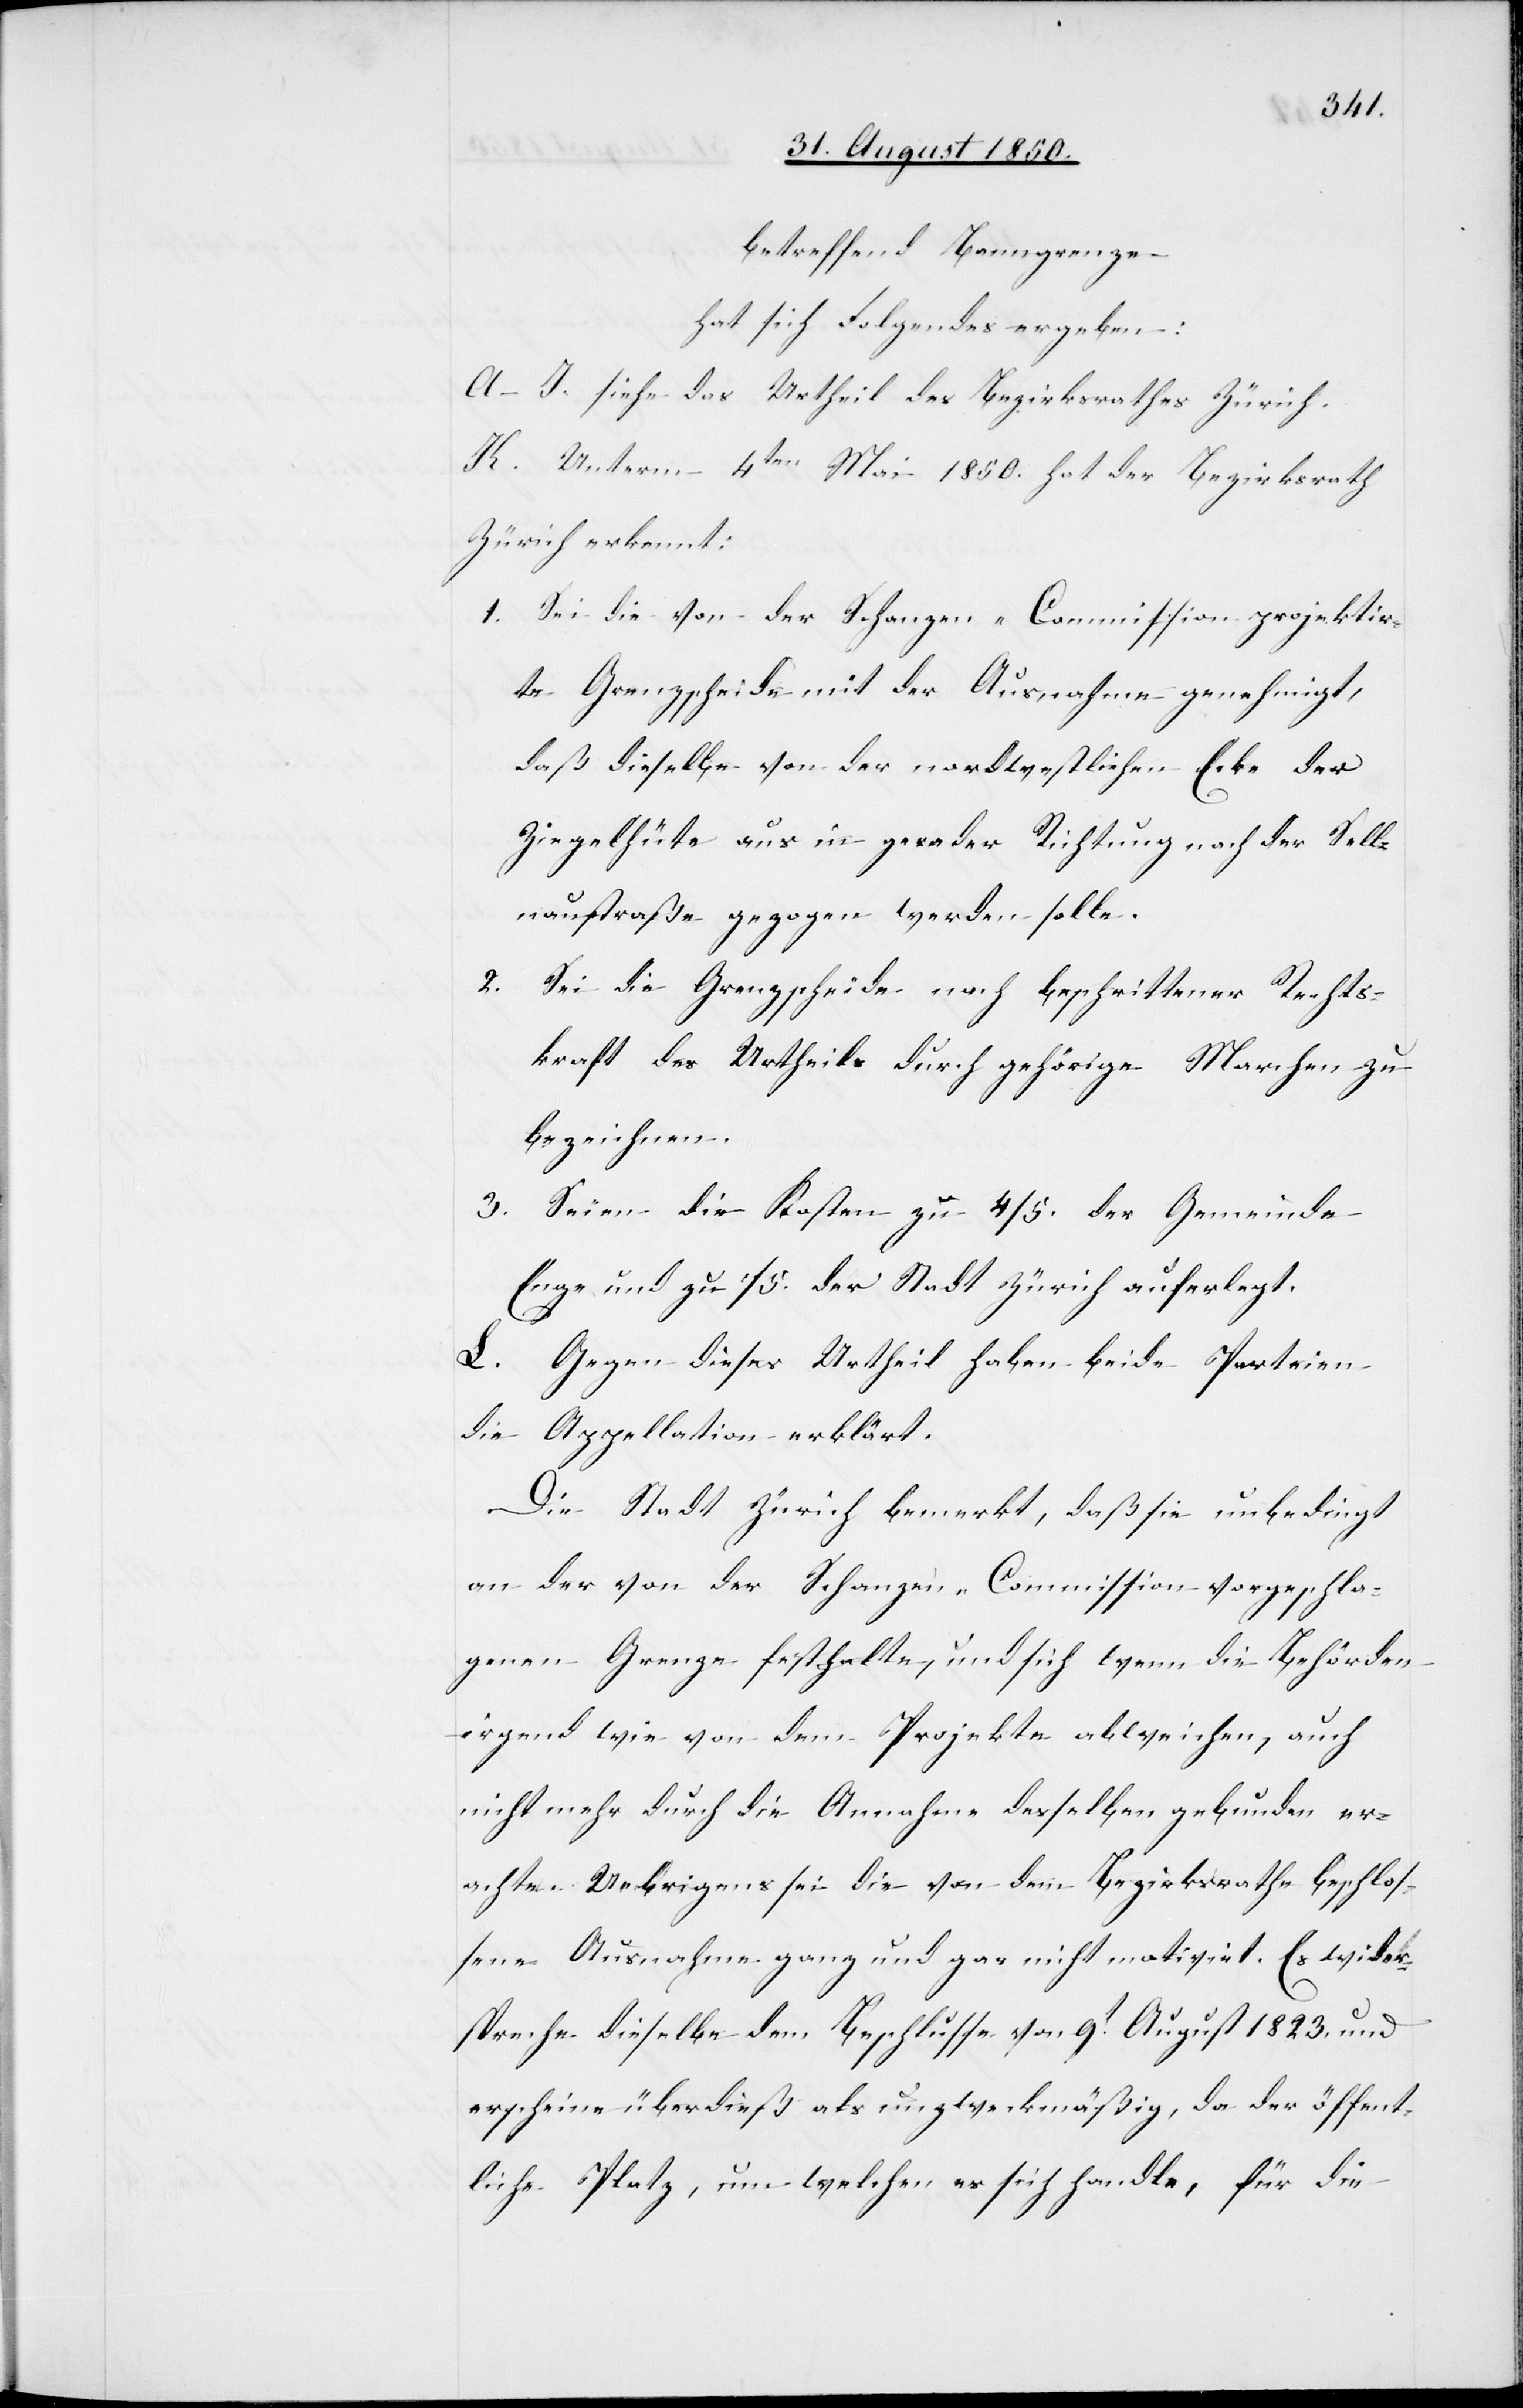
betreffend Banngrenze
hat sich Folgendes ergeben:
A-J. siehe das Urtheil des Bezirksrathes Zürich.
K. Unterm 4ten Mai 1850. hat der Bezirksrath
Zürich erkennt:
1. Sei die von der Schanzen-Commission projektir¬
te Grenzscheide mit der Ausnahme genehmigt,
daß dieselbe von der nordwestlichen Ecke der
Ziegelhüte aus in gerader Richtung nach der Sell¬
naustraße gezogen werden solle.
2. Sei die Grenzscheide nach beschrittener Rechts¬
kraft des Urtheils durch gehörige Marchen zu
bezeichnen.
3. Seien die Kosten zu 4/5. der Gemeinde
Enge und zu 1/5. der Stadt Zürich auferlegt.
L. Gegen dieses Urtheil haben beide Parteien
die Appellation erklärt.
Die Stadt Zürich bemerkt, daß sie unbedingt
an der von der Schanzen-Commission vorgeschla¬
genen Grenze festhalte, und sich wenn die Behörden
irgend wie von dem Projekte abweichen, auch
nicht mehr durch die Annahme desselben gebunden er¬
achte. Uebrigens sei die von dem Bezirksrathe beschlos¬
sene Ausnahme ganz und gar nicht motivirt. Es wider¬
spreche dieselbe dem Beschlusse vom 9t August 1823. und
erscheine überdieß als unzweckmäßig, da der öffent¬
liche Platz, um welchen es sich handle, für die